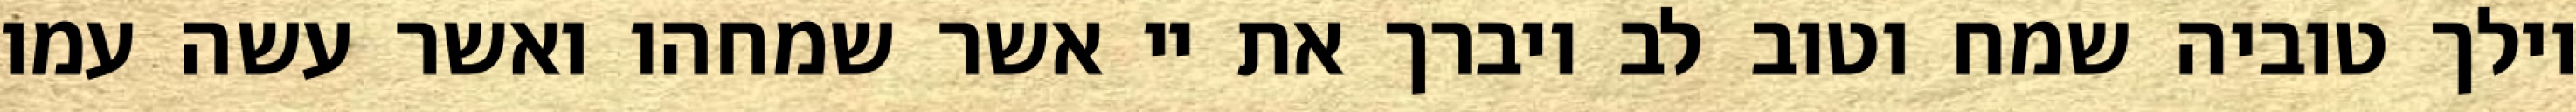
וילך טוביה שמח וטוב לב ויברך את יי אשר שמחהו ואשר עשה עמו